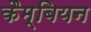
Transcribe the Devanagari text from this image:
कैम्बियन